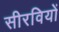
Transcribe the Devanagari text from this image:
सीरवियों